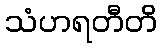
သံဟရတီတိ